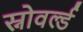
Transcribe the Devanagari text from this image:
स्नोवर्ल्ड